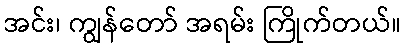
အင်း၊ ကျွန်တော် အရမ်း ကြိုက်တယ်။